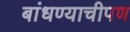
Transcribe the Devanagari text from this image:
बांधण्याचीपण